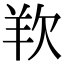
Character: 𭭋